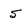
Character: 5